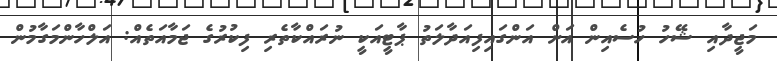
މަޖީދާއި ޝޭހު ހުސެއިން އަށް އަންގައިފިއަދާލަތު ޕާޓީއަކީ ނުރައްކާތެރި ފިކުރުގެ ޖަމާއަތެއް: އަލްހާންމަގާމުން